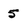
Character: 5